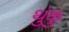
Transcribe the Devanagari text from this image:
थुंकु